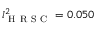
l _ { \mathrm { ~ H ~ R ~ S ~ C ~ } } ^ { 2 } = 0 . 0 5 0